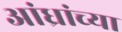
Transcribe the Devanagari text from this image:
आंध्रांच्या